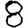
Digit: 8